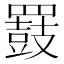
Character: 𪔒